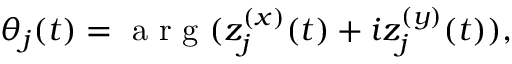
\begin{array} { r } { \theta _ { j } ( t ) = \textrm { a r g } ( z _ { j } ^ { ( x ) } ( t ) + i z _ { j } ^ { ( y ) } ( t ) ) , } \end{array}